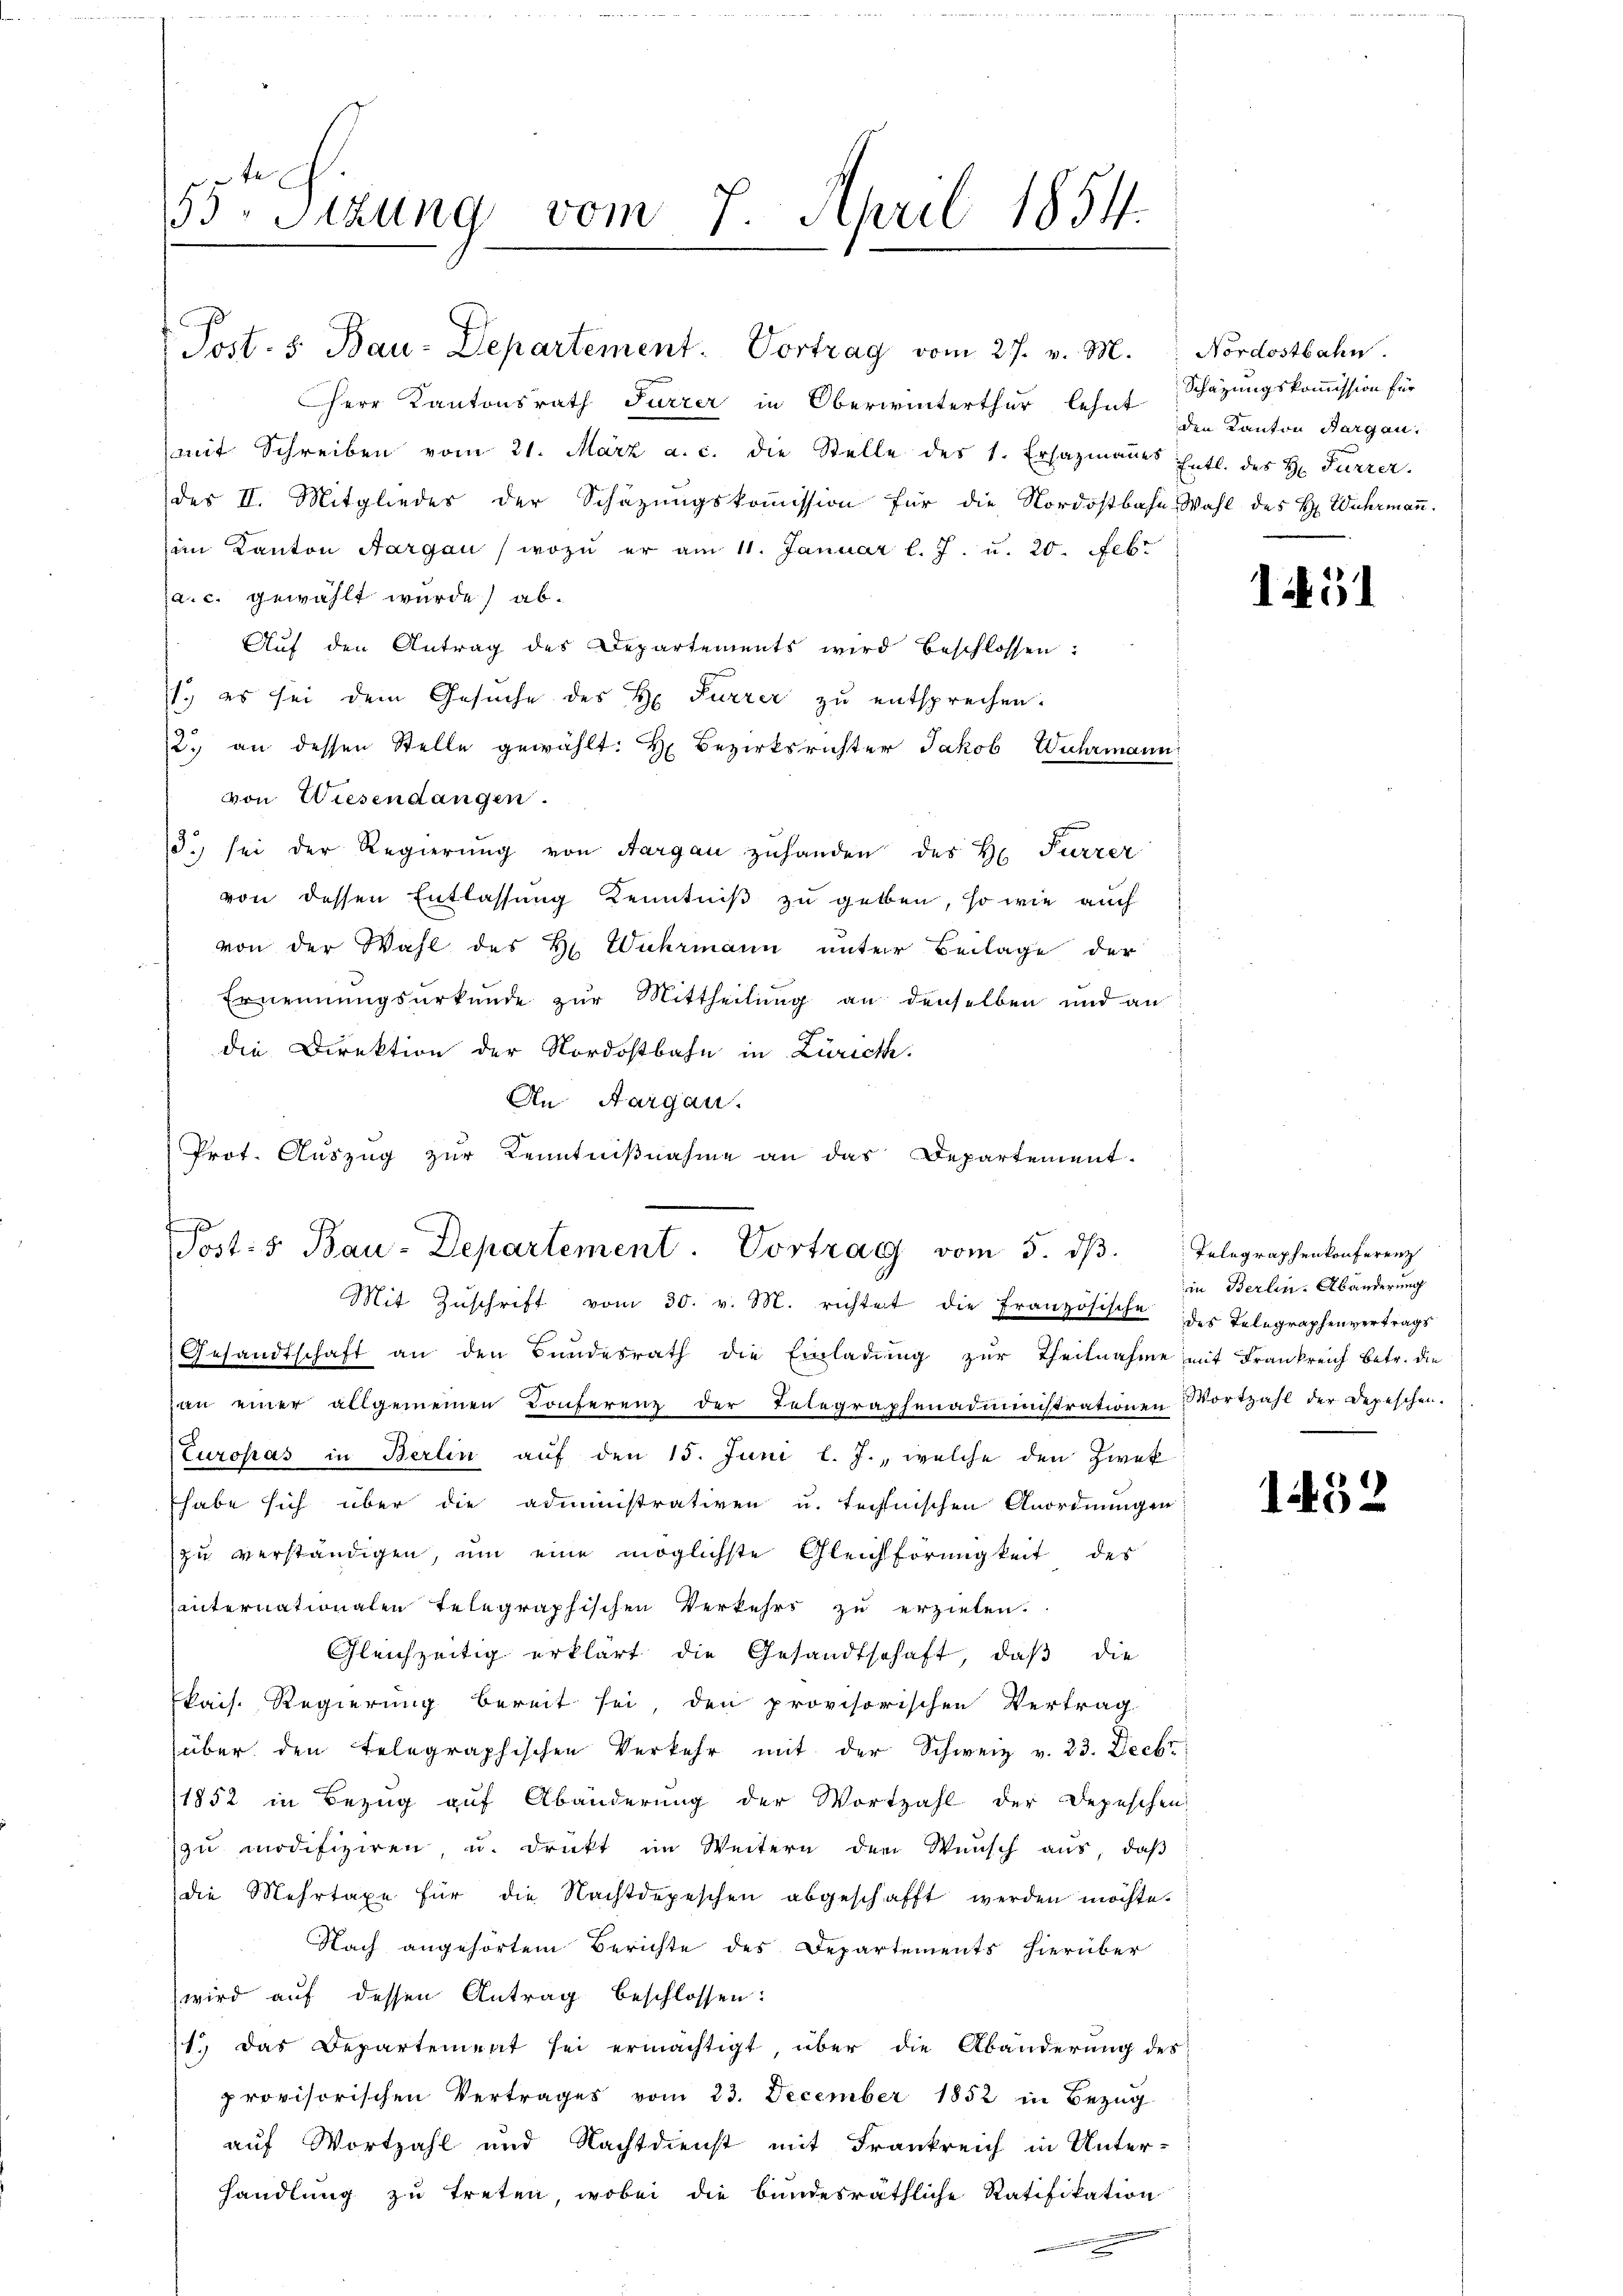
55ten Sizung vom 7. April 1854.
5
.

Post. 5. Bau-Departement. Vortrag vom 27. v. M.

mit Schreiben vom 21. März a. c. die Stelle des 1. Ersazmannes Entl. des H. Furrer.
des II. Mitgliedes der Schazungskommission für die Nordostbahn Wahl des H. Wuhrmann.
im Kanton Aargau (wozu er am 11. Januar l. J. u. 20. Febr
a. c. gewählt wurde) ab.
Auf den Antrag des Departements wird beschlossen:
(1. es sei dem Gesuche des H. Furrer zu entsprechen.
12. an dessen Stelle gewählt. H. Bezirksrichter Jakob Wuhrmann
von Wiesendangen.
3. sei der Regierŭng von Aargau zuhanden des H. Furrer
von dessen Entlassung Kenntniß zu gelben, so wie auch
von der Wahl des Hr. Wuhrmann unter Beilage der
Ernennungsurkunde zur Mittheilung an denselben und an
die Direktion der Nordostbahn in Zürich.
An Aargau.
Prot. Auszug zur Kenntnißnahme an das Departement-
Mit Zŭschrift vom 30. v. M. richtet die Französische des Telegraphenvertrags
Gesandtschaft an den Bundesrath die Einladung zur Theilnahme mit Frankreich betr. die
an einer allgemeinen Konferenz der Telegraphenadministrationen Wortzahl der Depeschen.
Europas in Berlin auf den 15. Juni l. J., welche den Zwek
habe sich über die administrativen u. triffnischen Anordnungen
zu verständigen, um eine möglichste Gleichförmigkeit des
hinternationalen telegraphischen Verkehrs zu erziehen.
Gleichzeitig erklärt die Gesandtschaft, daβ die
kais. Regierung bereit sei, den provisorischen Vertrag
über den telegraphischen Verkehr mit der Schweiz v. 23. Decbr
1852 in Bezug auf Abänderung der Wortzahl der Depeschen
zu modifiziren, u. druckt im Weitern der Wunsch aus, daß
die Mehrtaxe für die Nachtdepeschen abgeschafft werden möchte.
Nach angehörtem Berichte des Departements hierüber
wird auf dessen Antrag beschlossen:
1.) Das Departement sei ermächtigt, über die Abänderung des
provisorischen Vertrages vom 23. December 1852 in Bezug
auf Wortzahl und Nachtdienst mit Frankreich in Unter-
handlung zu treten, wobei die bundesräthliche Ratifikation

Posts Bau-Departement. Vortrag vom 5. dβ. Telegraphenkonferenz

Herr Kantonsrath Furrer in Oberwinterthur lehnt Schazungskommission für

Nordostbahn.
den Kanton Horgen.

151

in Berlin-Abänderung

1

1452